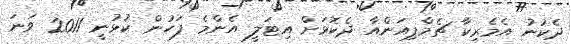
ދެކުނު އެމެރިކާ ޗެމްޕިއަންއާ ދެކޮޅަށް އިޓަލީ އެންމެ ފަހުން ކުޅުނީ 2011 ވަނަ